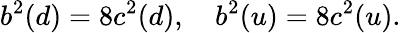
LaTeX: b^{2}(d)=8c^{2}(d),\quad b^{2}(u)=8c^{2}(u).